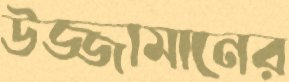
উজ্জামানের